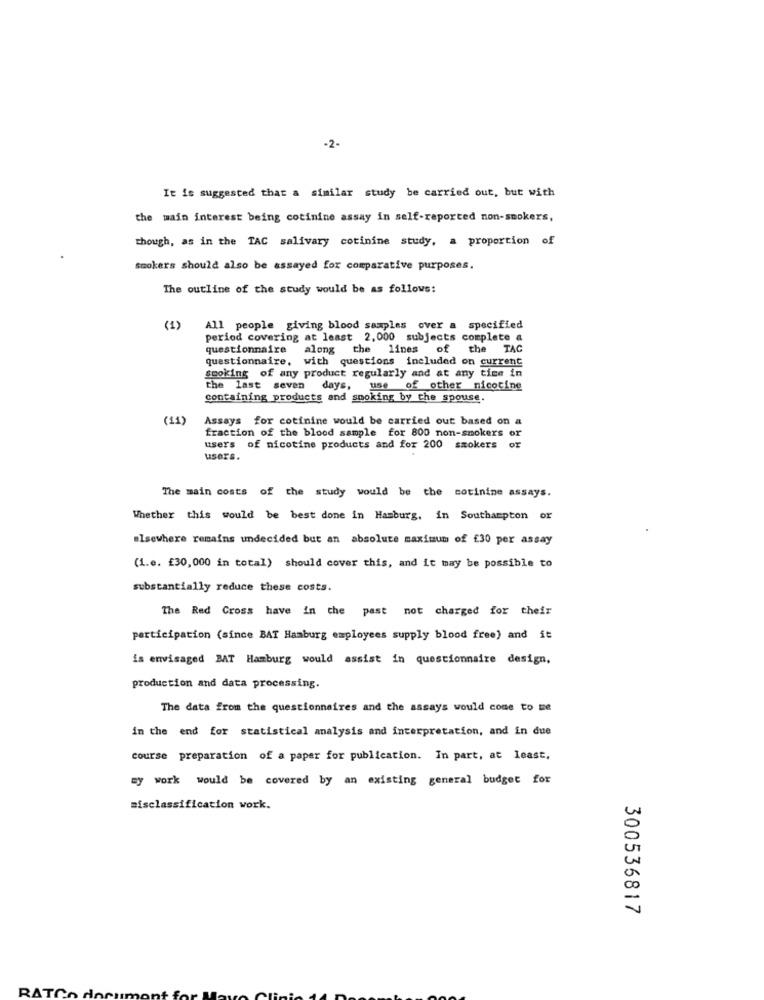
-2-
It is suggested that a similar study be carried out, but with
the main interest being cotinine assay in self-reported non-smokers,
though, as in the TAC salivary cotinine study, a proportion of
smokers should also be assayed for comparative purposes.
The outline of the study would be as follows:
(1)
All people giving blood samples over a specified
period covering at least 2,000 subjects complete a
questionnaire a
along
the lines of the TAG
questionnaire, with questions included on current
smoking of any product regularly and at any time in
the last seven days, use of other nicotine
containing products and smoking by the spouse.
(11)
Assays for cotinine would be carried out based on a
fraction of the blood sample for 800 non-smokers or
users of nicotine products and for 200 smokers or
users.
The main costs of the study would be the cotinine assays.
Whether this would be best done in Hamburg, in Southampton or
elsewhere remains undecided but an absolute maximum of £30 per assay
(1.e. £30,000 in total) should cover this, and it may be possible to
substantially reduce these costs.
The Red Cross have in the past not charged for their
participation (since BAT Hamburg employees supply blood free) and it
is envisaged BAT Hamburg would assist in questionnaire design,
production and data processing.
The data from the questionnaires and the assays would come to me
in the end for statistical analysis and interpretation, and in due
course preparation of a paper for publication. In part, at least,
sy work would be covered by an existing general budget for
misclassification work.
300536817
RATCO An